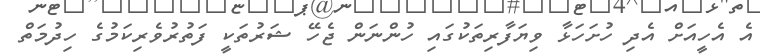
އެ އެހީއަށް އެދި ހުށަހަޅާ ވިޔަފާރިތަކުގައި ހުންނަން ޖެހޭ ޝަރުތަކީ ފަތުރުވެރިކަމުގެ ހިދުމަތް